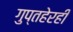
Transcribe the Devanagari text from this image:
गुप्तहेरही